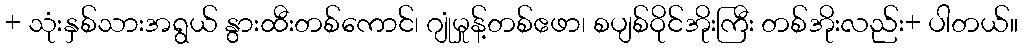
+ သုံးနှစ်သားအရွယ် နွားထီးတစ်ကောင်၊ ဂျုံမှုန့်တစ်ဧဖာ၊ စပျစ်ဝိုင်အိုးကြီး တစ်အိုးလည်း+ ပါတယ်။